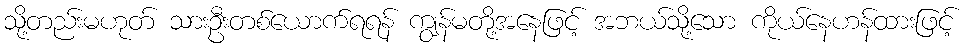
သို့တည်းမဟုတ် သားဦးတစ်ယောက်ရရန် ကျွန်မတို့အနေဖြင့် အဘယ်သို့သော ကိုယ်နေဟန်ထားဖြင့်